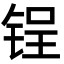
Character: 锃